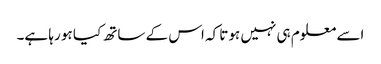
اسے معلوم ہی نہیں ہوتا کہ اس کے ساتھ کیا ہو رہا ہے۔